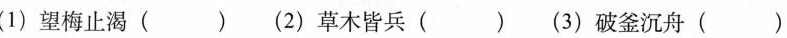
(1)望梅止渴( )(2)草木皆兵 ( )(3)破釜沉舟( )